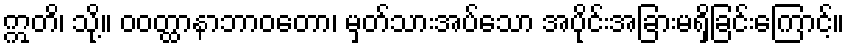
ဣတိ၊ သို့။ ဝဝတ္ထာနာဘာဝတော၊ မှတ်သားအပ်သော အပိုင်းအခြားမရှိခြင်းကြောင့်။